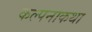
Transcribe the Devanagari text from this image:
कल्पनाकथा